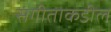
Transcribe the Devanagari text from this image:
संगीताकडील